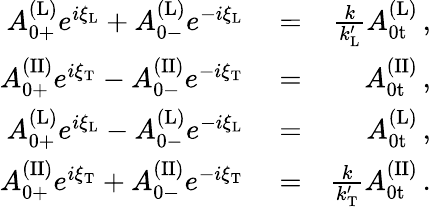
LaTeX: \begin{array}{rlr}{A_{\mathrm{0+}}^{\mathrm{(L)}}e^{i\xi_{\mathrm{L}}}+A_{\mathrm{0-}}^{\mathrm{(L)}}e^{-i\xi_{\mathrm{L}}}}&{{}=}&{\frac{k}{k_{\mathrm{L}}^{\prime}}A_{\mathrm{0t}}^{\mathrm{(L)}}\, ,}\\ {A_{\mathrm{0+}}^{\mathrm{(II)}}e^{i\xi_{\mathrm{T}}}-A_{\mathrm{0-}}^{\mathrm{(II)}}e^{-i\xi_{\mathrm{T}}}}&{{}=}&{A_{\mathrm{0t}}^{\mathrm{(II)}}\, ,}\\ {A_{\mathrm{0+}}^{\mathrm{(L)}}e^{i\xi_{\mathrm{L}}}-A_{\mathrm{0-}}^{\mathrm{(L)}}e^{-i\xi_{\mathrm{L}}}}&{{}=}&{A_{\mathrm{0t}}^{\mathrm{(L)}}\, ,}\\ {A_{\mathrm{0+}}^{\mathrm{(II)}}e^{i\xi_{\mathrm{T}}}+A_{\mathrm{0-}}^{\mathrm{(II)}}e^{-i\xi_{\mathrm{T}}}}&{{}=}&{\frac{k}{k_{\mathrm{T}}^{\prime}}A_{\mathrm{0t}}^{\mathrm{(II)}}\, .}\end{array}